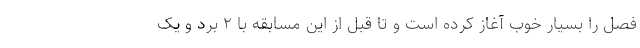
فصل را بسیار خوب آغاز کرده است و تا قبل از این مسابقه با ۲ برد و یک